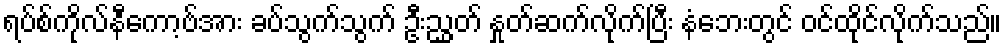
ရပ်စ်ကိုလ်နီကော့ဗ်အား ခပ်သွက်သွက် ဦးညွှတ် နှုတ်ဆက်လိုက်ပြီး နံဘေးတွင် ဝင်ထိုင်လိုက်သည်။